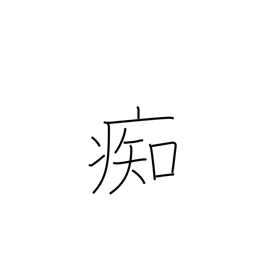
Meaning: stupid